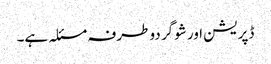
ڈپریشن اور شوگر دو طرفہ مسئلہ ہے۔